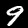
Label: 9